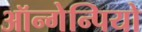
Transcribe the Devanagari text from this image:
ऑन्गेन्पियो